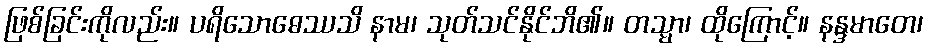
ဖြစ်ခြင်းကိုလည်း။ ပရိသောဓေဿသိ နာမ၊ သုတ်သင်နိုင်ဘိ၏။ တသ္မာ၊ ထိုကြောင့်။ နန္ဒမာတေ၊